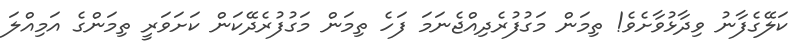
ކަލޭގެފާނު ވިދާޅުވާށެވެ! ތިމަން މަގުފުރެދިއްޖެނަމަ ފަހެ ތިމަން މަގުފުރެދޭކަން ކަށަވަރީ ތިމަންގެ އަމިއްލަ